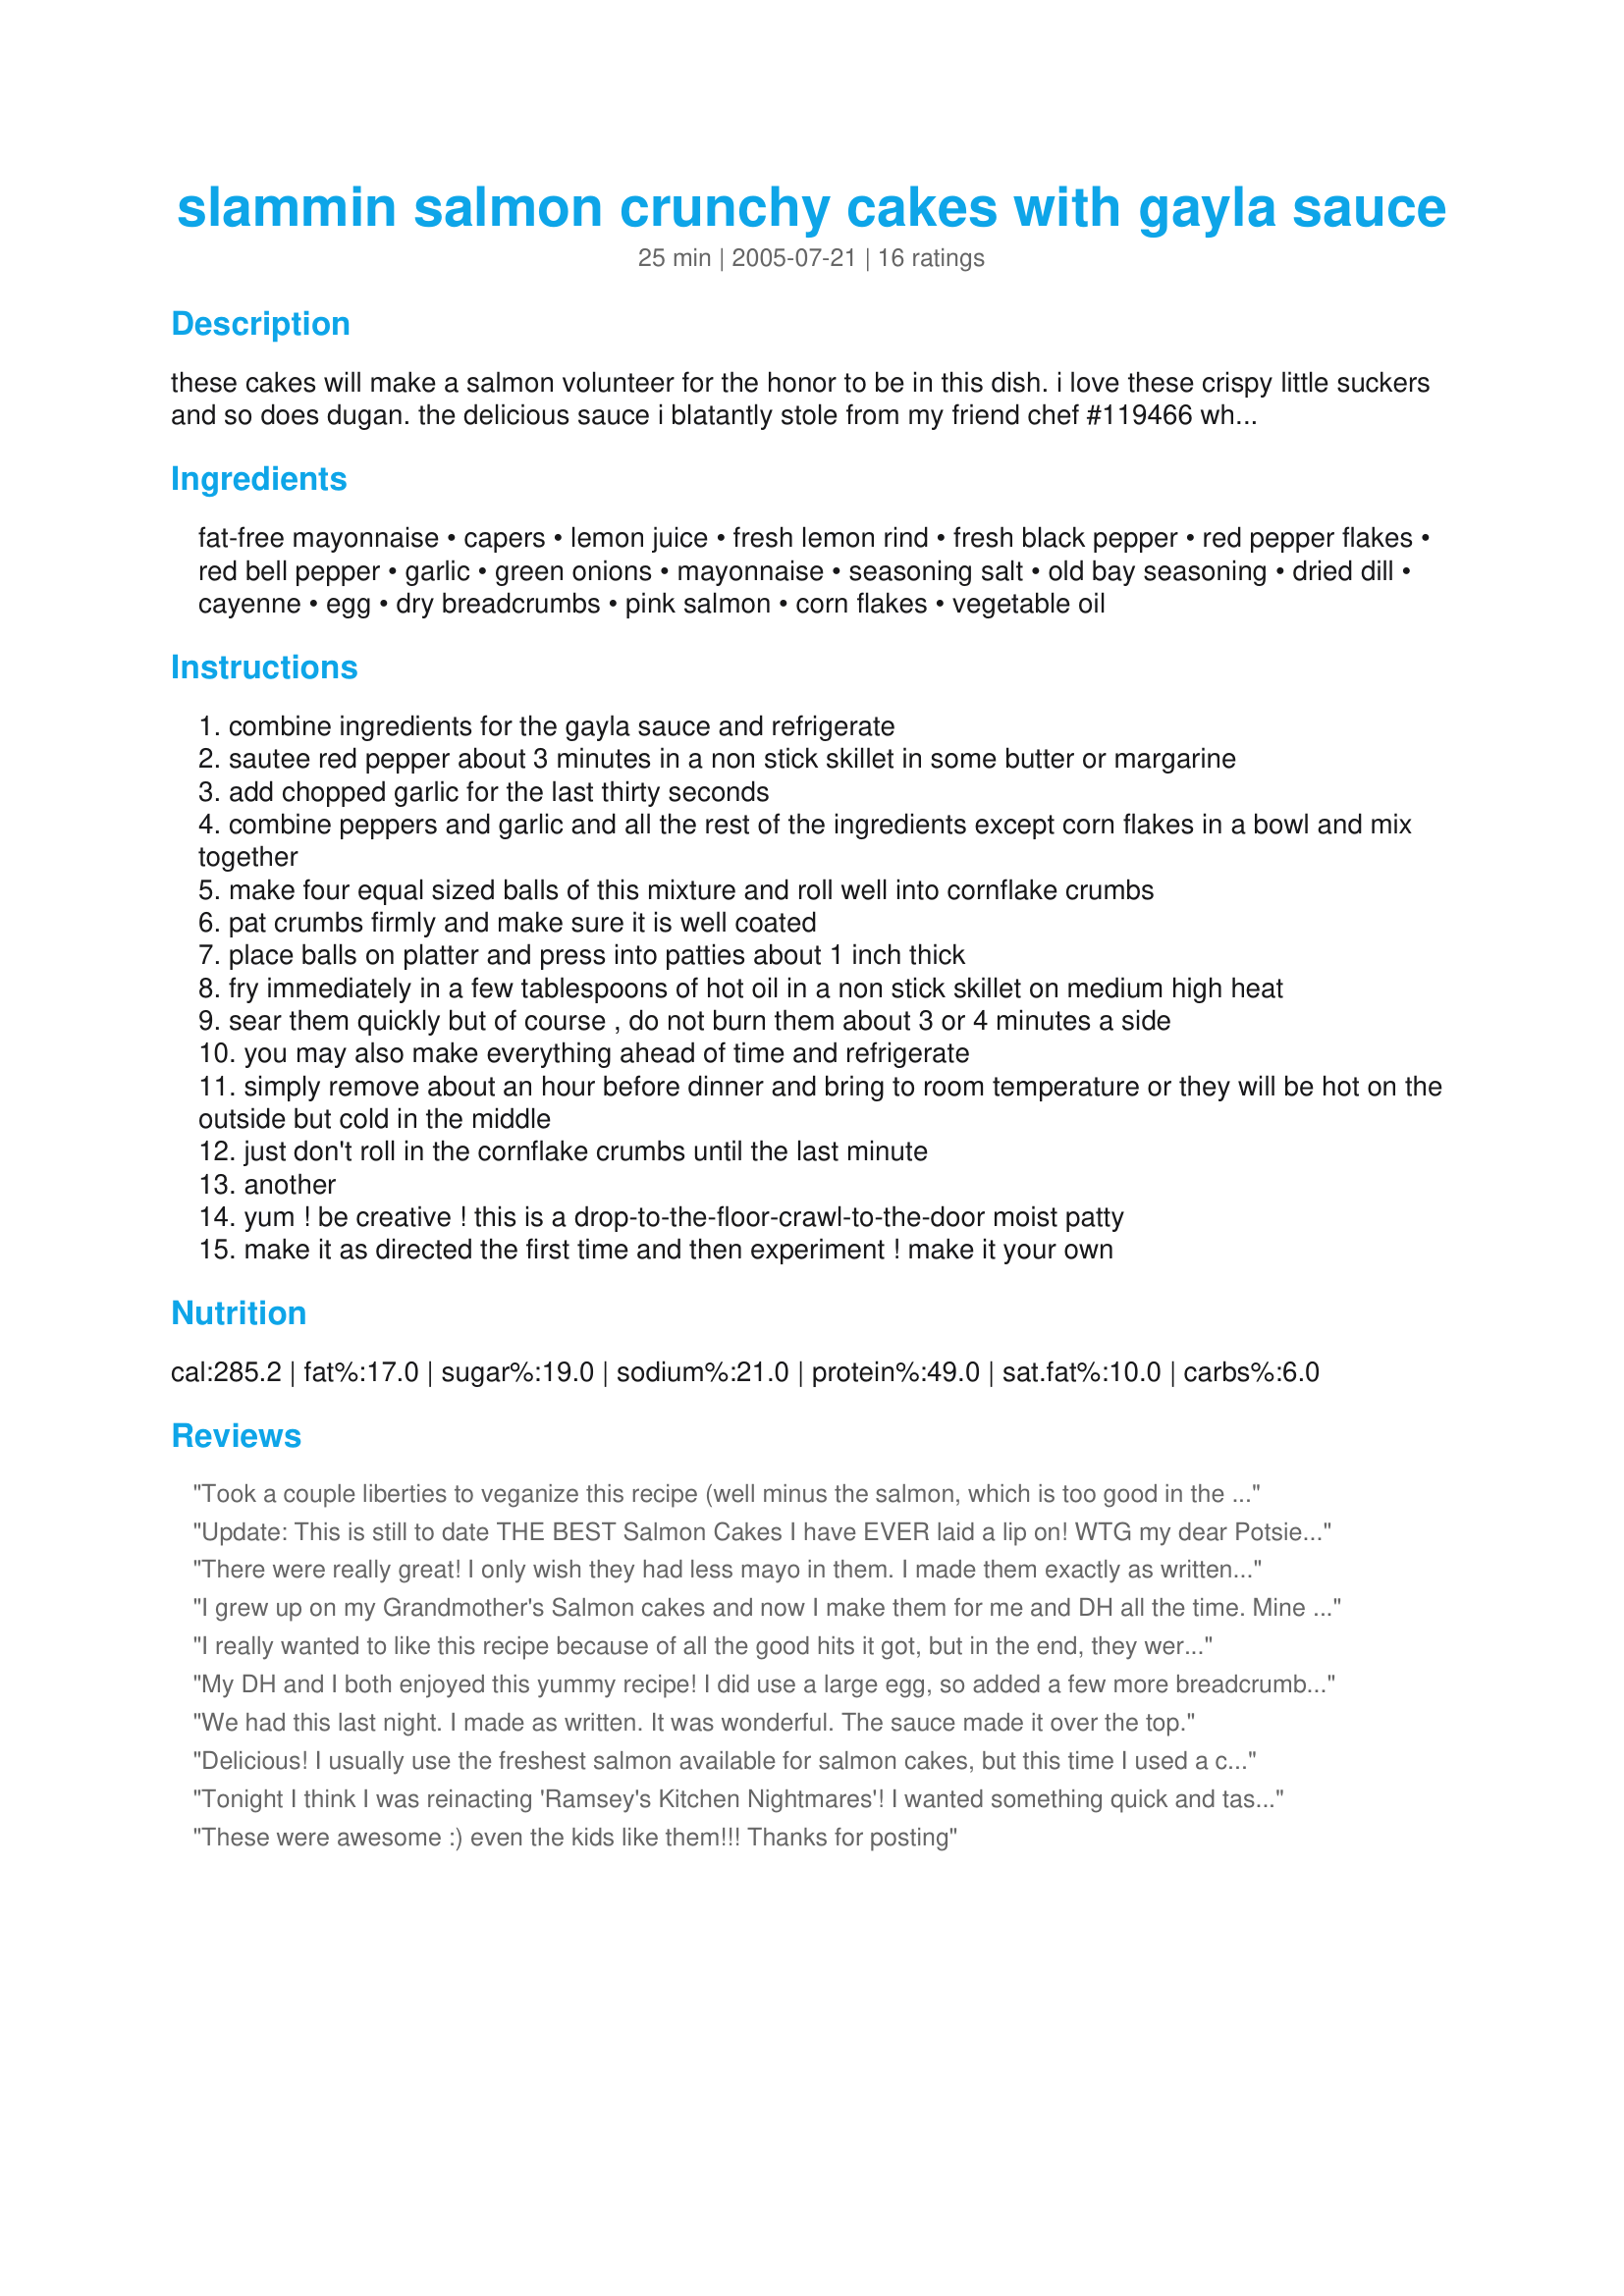
slammin salmon crunchy cakes with gayla sauce
Preparation time: 25 minutes

these cakes will make a salmon volunteer for the honor to be in this dish. i love these crispy little suckers and so does dugan. the delicious sauce i blatantly stole from my friend chef #119466 who blatantly stole it from cooking light. there is no honor among thieves.

Ingredients:
fat-free mayonnaise, capers, lemon juice, fresh lemon rind, fresh black pepper, red pepper flakes, red bell pepper, garlic, green onions, mayonnaise, seasoning salt, old bay seasoning, dried dill, cayenne, egg, dry breadcrumbs, pink salmon, corn flakes, vegetable oil

Steps:
combine ingredients for the gayla sauce and refrigerate
sautee red pepper about 3 minutes in a non stick skillet in some butter or margarine
add chopped garlic for the last thirty seconds
combine peppers and garlic and all the rest of the ingredients except corn flakes in a bowl and mix together
make four equal sized balls of this mixture and roll well into cornflake crumbs
pat crumbs firmly and make sure it is well coated
place balls on platter and press into patties about 1 inch thick
fry immediately in a few tablespoons of hot oil in a non stick skillet on medium high heat
sear them quickly but of course , do not burn them about 3 or 4 minutes a side
you may also make everything ahead of time and refrigerate
simply remove about an hour before dinner and bring to room temperature or they will be hot on the outside but cold in the middle
just don't roll in the cornflake crumbs until the last minute
another
yum ! be creative ! this is a drop-to-the-floor-crawl-to-the-door moist patty
make it as directed the first time and then experiment ! make it your own

Reviews:
Took a couple liberties to veganize this recipe (well minus the salmon, which is too good in the Northwest to pass up on), but it still turned out fantastic. Substitutions included Vegenaise, Ener-G egg replacer, adding in an extra tablespoon of bread crumbs (seemed a little too moist) and using Emeril's Essence creole seasoning instead of Old Bay seasoning. I didn't have any capers so my Gayla sauce consisted of Vegenaise, lemon juice, dijon mustard, black pepper, and crushed red pepper...so tasty! Can't wait to make this for my hubby when he gets home in September:)
Update: This is still to date THE BEST Salmon Cakes I have EVER laid a lip on! WTG my dear Potsie! You are one AMAZING PERSON! origina review...OH MY GRAVY! This is DIVINE! Slammin' indeed! My dear you have a WINNER here in this gem of a recipe! Spicy and yummy and crunchy and DEEEELISH! This is going right into my KEEPERS cookbook and I promise I will be making this again! LOVE LOVE LOVE the deep flavors that run all through this easy recipe! This is so FAB! I LOVE that this uses stuff that can be found in my pantry just about any old day! This is PERFECT for those days when I have been RUNNING everywhere and had no time to even think about taking something out for supper! Who needs take out? This is FAR SUPERIOR and just as fast! I would not change a darn thing here! Thank you so much for sharing this divine dish with us!

HUGE HUGE HUGS!
There were really great! I only wish they had less mayo in them. I made them exactly as written but pumped up the cayenne in the cakes and added some hot sauce to the sauce. I'll be making these again! Thanks for the great recipe!
I grew up on my Grandmother's Salmon cakes and now I make them for me and DH all the time. Mine never come out quite the same twice so I decided to give this recipe a try and I'm sure glad I did! They were delicious. I did not have the corn flakes so I increased the breadcrumbs but it didn't matter they were crispy on the outside and moist and flavorful on the inside. The sauce just makes these so don't leave that part out! Thanks for a great recipe its a keeper!
I really wanted to like this recipe because of all the good hits it got, but in the end, they were just OK. I had made up the ingredients and chilled really well before I made the patties. They were so moist that there was no way that they were going to stay together and they ended up breaking up while cooking. I would do this recipe again, but I would watch the amount of wet ingredients that is going in to the pot. I have alot of huge salmon steaks in my freezer, so I will play around with this one
My DH and I both enjoyed this yummy recipe! I did use a large egg, so added a few more breadcrumbs. I didn't have any corn flakes, so used cheerios! Thanks for a good dinner! Served with cole slaw!
We had this last night. I made as written. It was wonderful. The sauce made it over the top.
Delicious! I usually use the freshest salmon available for salmon cakes, but this time I used a can of Wild Alaskan King Salmon. I was not disappointed. I did not add the seasoning salt and I used the egg whites that I had leftover from another recipe instead of a whole egg. The patties were easy to handle, firm, and had a great texture. I also used package cornflake crumbs that were already pulverized. I placed the cakes in hot oil and flipped them once. Easy as one, two, three! The sauce is a great pairing and I can see why you snagged the recipe and included it! I used homemade mayo in the sauce... ohhh sooo good! I served the salmon cakes with Emeril Lagasse's Coleslaw and Baked Potatoes With Shallot-Corn Butter (both recipes on Zaar). Thank you Pottsie! Outstanding Salmon Cakes and a perfect dinner!
Tonight I think I was reinacting 'Ramsey's Kitchen Nightmares'! I wanted something quick and tasty for our dinner and came across this recipe. I made the sauce but only had 4 Tbsp of mayo....no worries, I'll make less sauce. It does pay to read the entire recipe first because I had not noticed that more mayo was required. YIKES! So back to the main section where I found recipe 71967 for homemade mayo. Cool...made the mayo (great btw) but would advise others NOT to peer into the hole of the blender while trickling in the oil. It may be a great hair conditioner but my contact lenses did not like it! Went back and augmented the sauce with the mayo that had not coated my hair and face and had enough left to proceed with this recipe. I KNEW I had a box of Panko but could not find it. Called my neighbour, dressed for minus 13 degree temps and hopped the fence to her house where the best she had was pretty generic breadcrumbs. Got home, ripped off boots, gloves and hat and found DH standing there with a smile on his face and the Panko that HE had put away acres from where it is supposed to live. Snarled at the nearest dog (displacement as DH does not like snarls) and carried on. Served it with garlic smashed red potato and some corn I had frozen this summer. A glass of wine for DH and a bottle with a straw for me! Great Salmon cakes and sauce! It took about 90 minutes for the process including road trips, mayo making and a shampoo so not as quick as I had hoped but delicious. I think the uncooked filling minus the egg could be my new salmon salad sandwich recipe too. Thanks for theiving and posting Pot Scrubber. Will make it many times I'm sure but hopefully minus the chaos. BTW skipped the dill as I loathe it and made it with Red Sockeye salmon as that is what I generally buy.
These were awesome :) even the kids like them!!! Thanks for posting
I made the recipe exactly as it stands. It worked perfectly, except that the salmon cakes threatened to fall apart in the pan -- but did not. I talked them out of it. I made the sauce exactly as set out. What we liked about this recipe (because there are so many salmon patties and salmon cakes recipes) was that these cakes tasted of salmon ... most others have so much boiled potato or breadcrumbs that the real salmon taste is completely lost. The only sub I did was to use chopped, canned South African peppadew/piquante peppers instead of red bell pepper. (It is really a piquant taste!) Thank you, Potscrubber, for a recipe I will certainly use again.
I am not sure what happened with these. The only changes I made in the directions were to use green bell peppers instead of the red and fresh dill for the dried. I had difficulty keeping them together and thought they needed additional breadcrumbs to bind the moist mixture together. Also, these were way to salty for us. I am sorry, I picked this recipe because I love salmon and salmon cakes are a favorite.
I did not make the gayla sauce just the salmon cakes. This was a huge hit and I doubled the recipe. Loved the different flavors and have been told this is the only way they want to eat them from here on out!!!
WOW - hey Potsie - Jim and I had these tonight. I am married to a fisherman who thinks the only fish worth eating are straight from the ocean and they still have a pulse as he takes out their fillet.

After eating this tonight - he just looked at me and said " you can make these again" - Now I have to tell you - with a review like that from Jim - you will just slide into heaven whenever you depart this earth - you are a shoe in:)
These were very very tasty and an inexpensive alternative to crab cakes (which we love). I was out of capers so I didn't technically make the "Gayla Sauce" but used all the other ingredients and part of a grated cucumber and some old Bay seasoning as well - so it was sort of a lemon-dill-cucumber sauce which we liked alot! Thanks for posting! PS - I used 1/3 cup as a measurement guide and got exactly four cakes.
MAKE THESE! Crunchy and light and just a yummy sauce. I worried for a minute that they would fall apart in the pan, but it didn't happen. I omitted the dill as preference and upped the cayenne and mionced garlic. The sauce is lovely and would be great on sandwiches too! Made for Daffy Daffodils Canada ZWT Challenge
